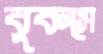
বুকসে